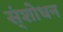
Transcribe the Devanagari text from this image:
स्ंशोधन